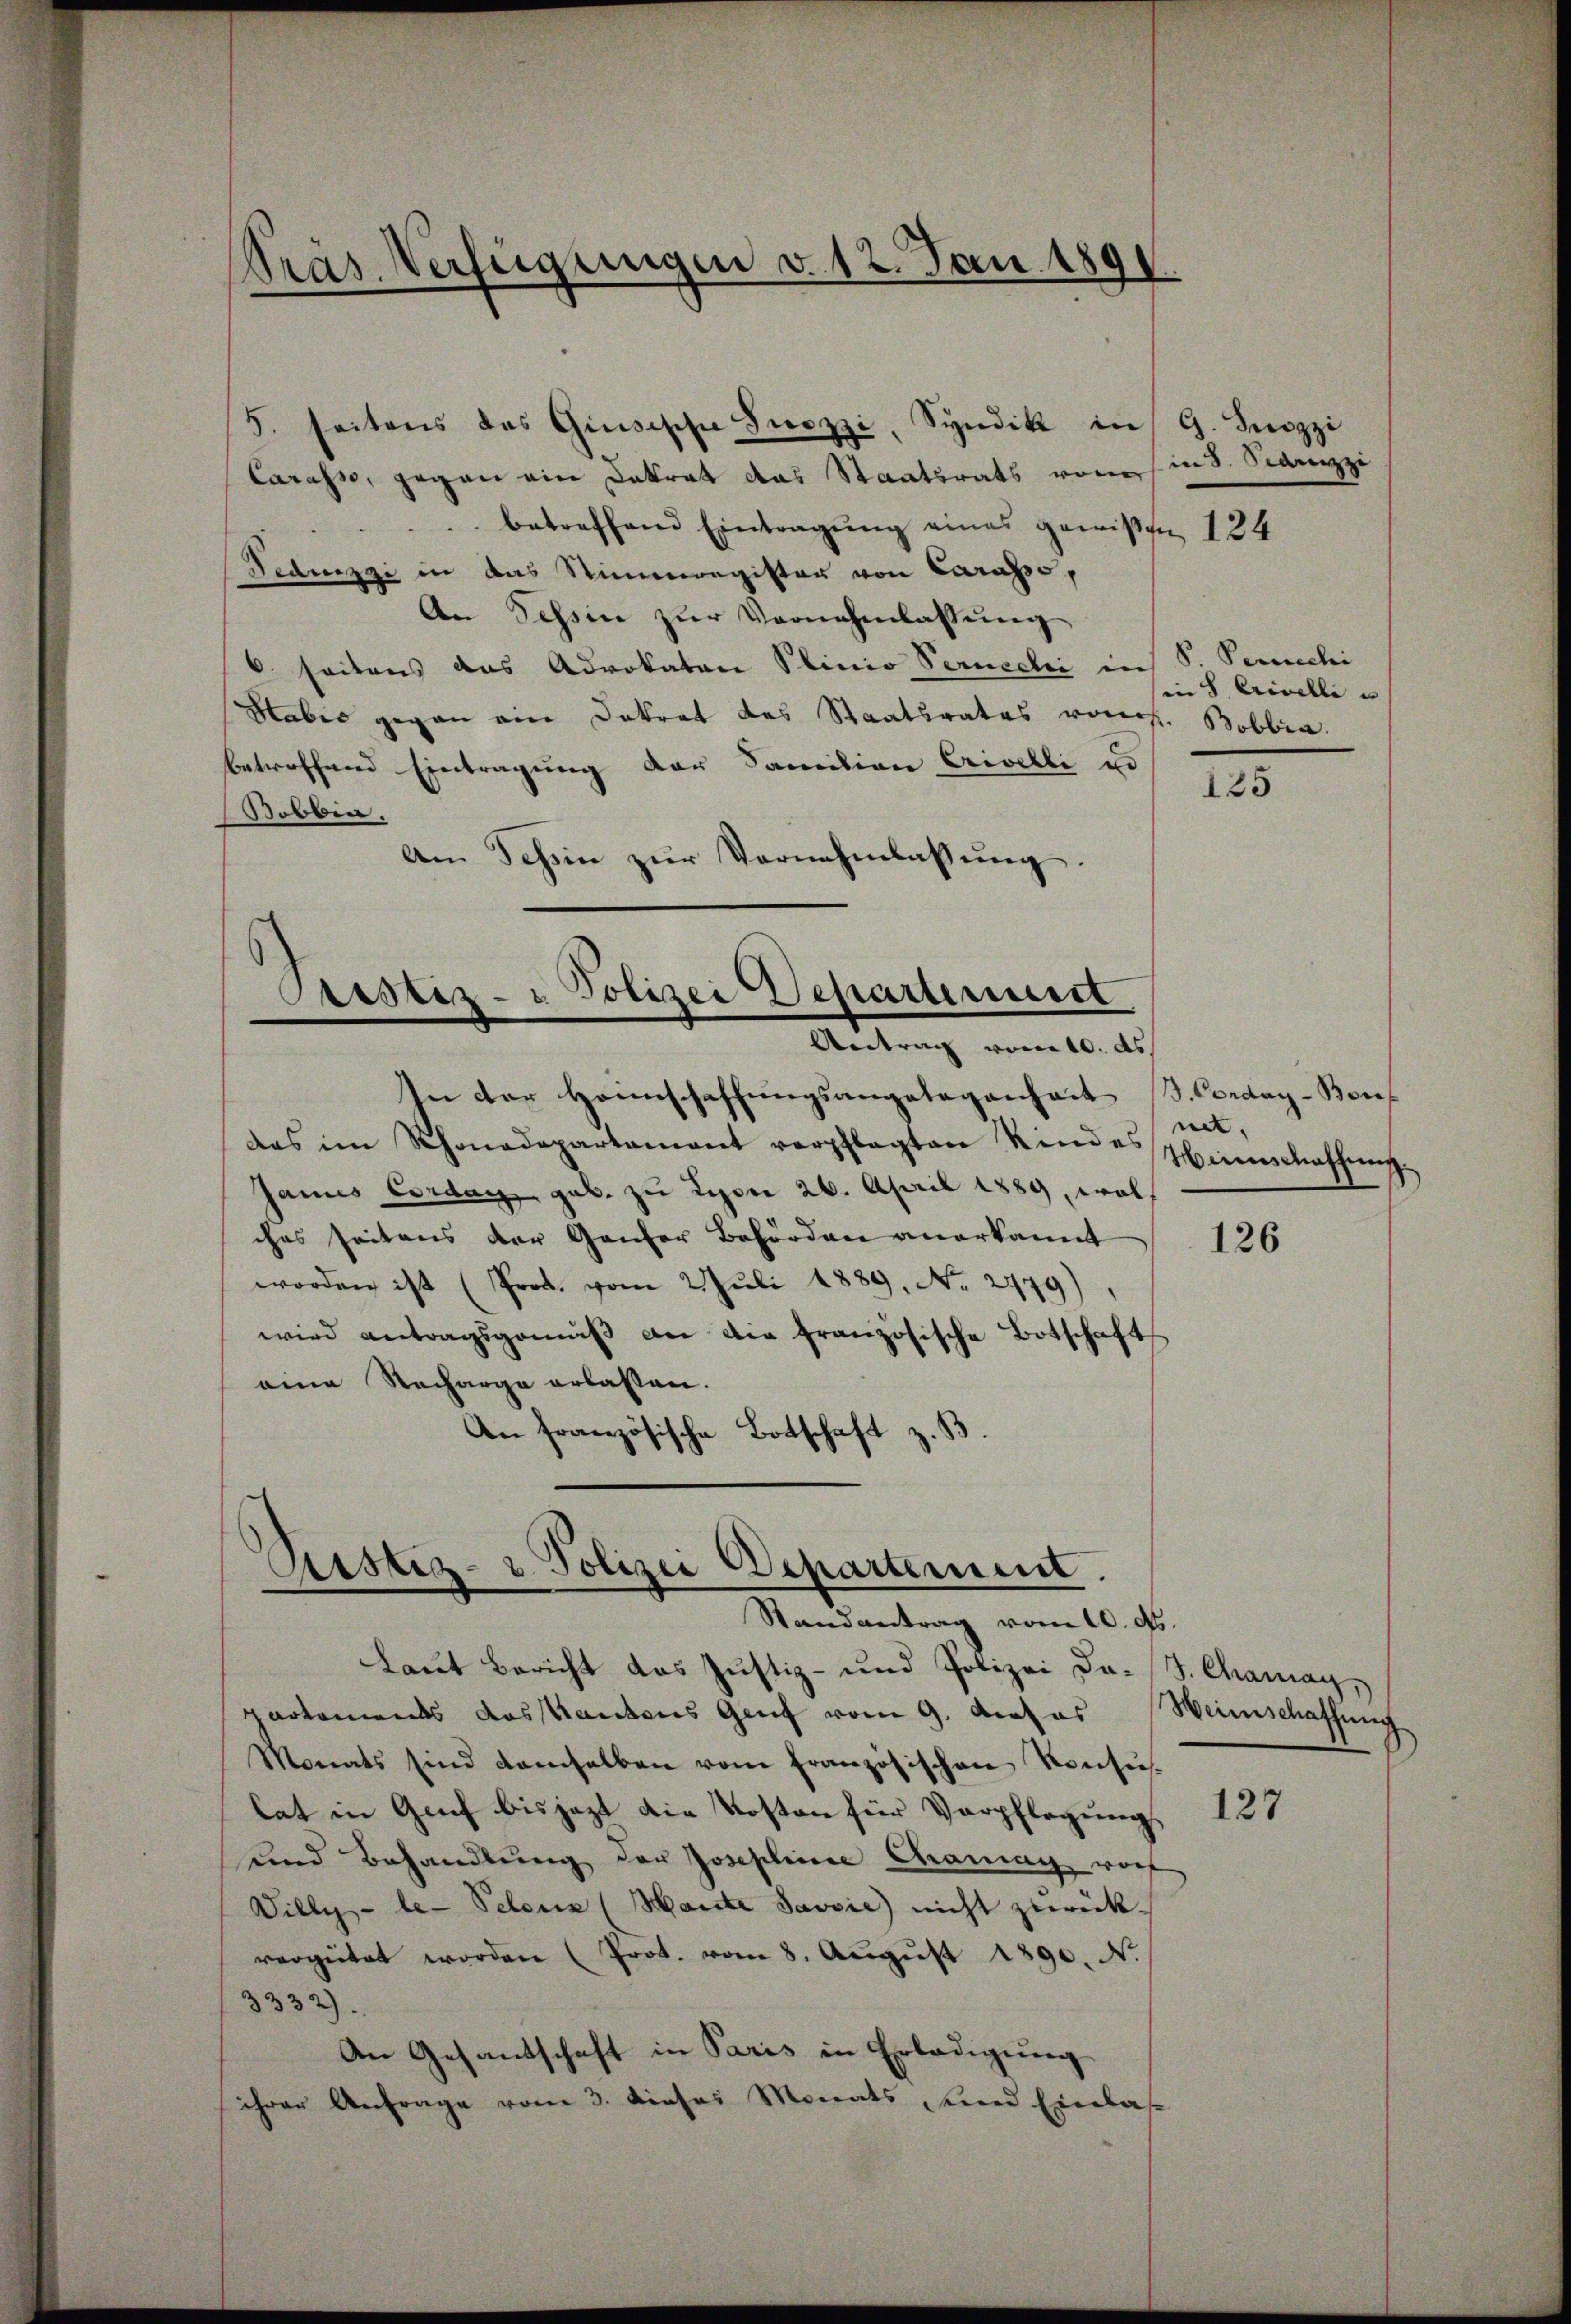
Pras Verfügungen v. 12. Jan. 189

Carasso, gegen ein Datrat das Staatsrats von
betreffend Eintragung eines gewißen 124
Fidisgi in das Stimmregister von Carasso,
An Tessin zŭr Vornehmlassŭng
6 seitens das Advokaten Plinio Senechi in
Habis gegen ein Dokrat des Staatsrates vom h. Bobbia
betreffend Eintragung der Familien Crivelli u.
Bobbia,
Am Schin zŭr Vernehmlassŭng.

5. seitens das Gisische Suczzi, Syndikt in G. Suozzi

Pristiz- & Polizei Departeriert
e
Antrag vom 10. ds

.
Justiz- & Polizei Departement.
Randantrag vom 10. ds.

In der Hannschaffungsangelegenheit S. Corday-Bondas im Rhonadepartament verpflegten Kindes
James Cordar geb. zu Lyon 26. April 1889, wol
ches seitens der Ganzer Behörden anerkannt
worden ist (Prot. vom 2. Juli 1889. No. 2979),
wird antragsgemäβ an die französische Botschaft
eine Recharge erlassen.
An französische Botschaft z. B.

Laut Bericht das Justiz- und Polizei da. J. Chamay,
partements das Kantons Genf vom 9. Augus
Monats sind demselben vom französischen Konsu-
lat in Genf bis jezt die Kosten für Verpflegung,
und Behandlung der Josephine Chang warf
Villy - be- Petenz (Marte Javvie) nicht zurück-
vergütet worden (Prot. vom 8. Aŭgŭst 1890. N.
3332).
An Gesantschaft in Paris in Erledigung
ihrer Anfrage vom 3. dieses Monats, und Einlas

in 8. Parenzzi

P. Perschi
in 8 Erivelli u

125

net,
Weinschaffung.

126

Weinschaffung

127